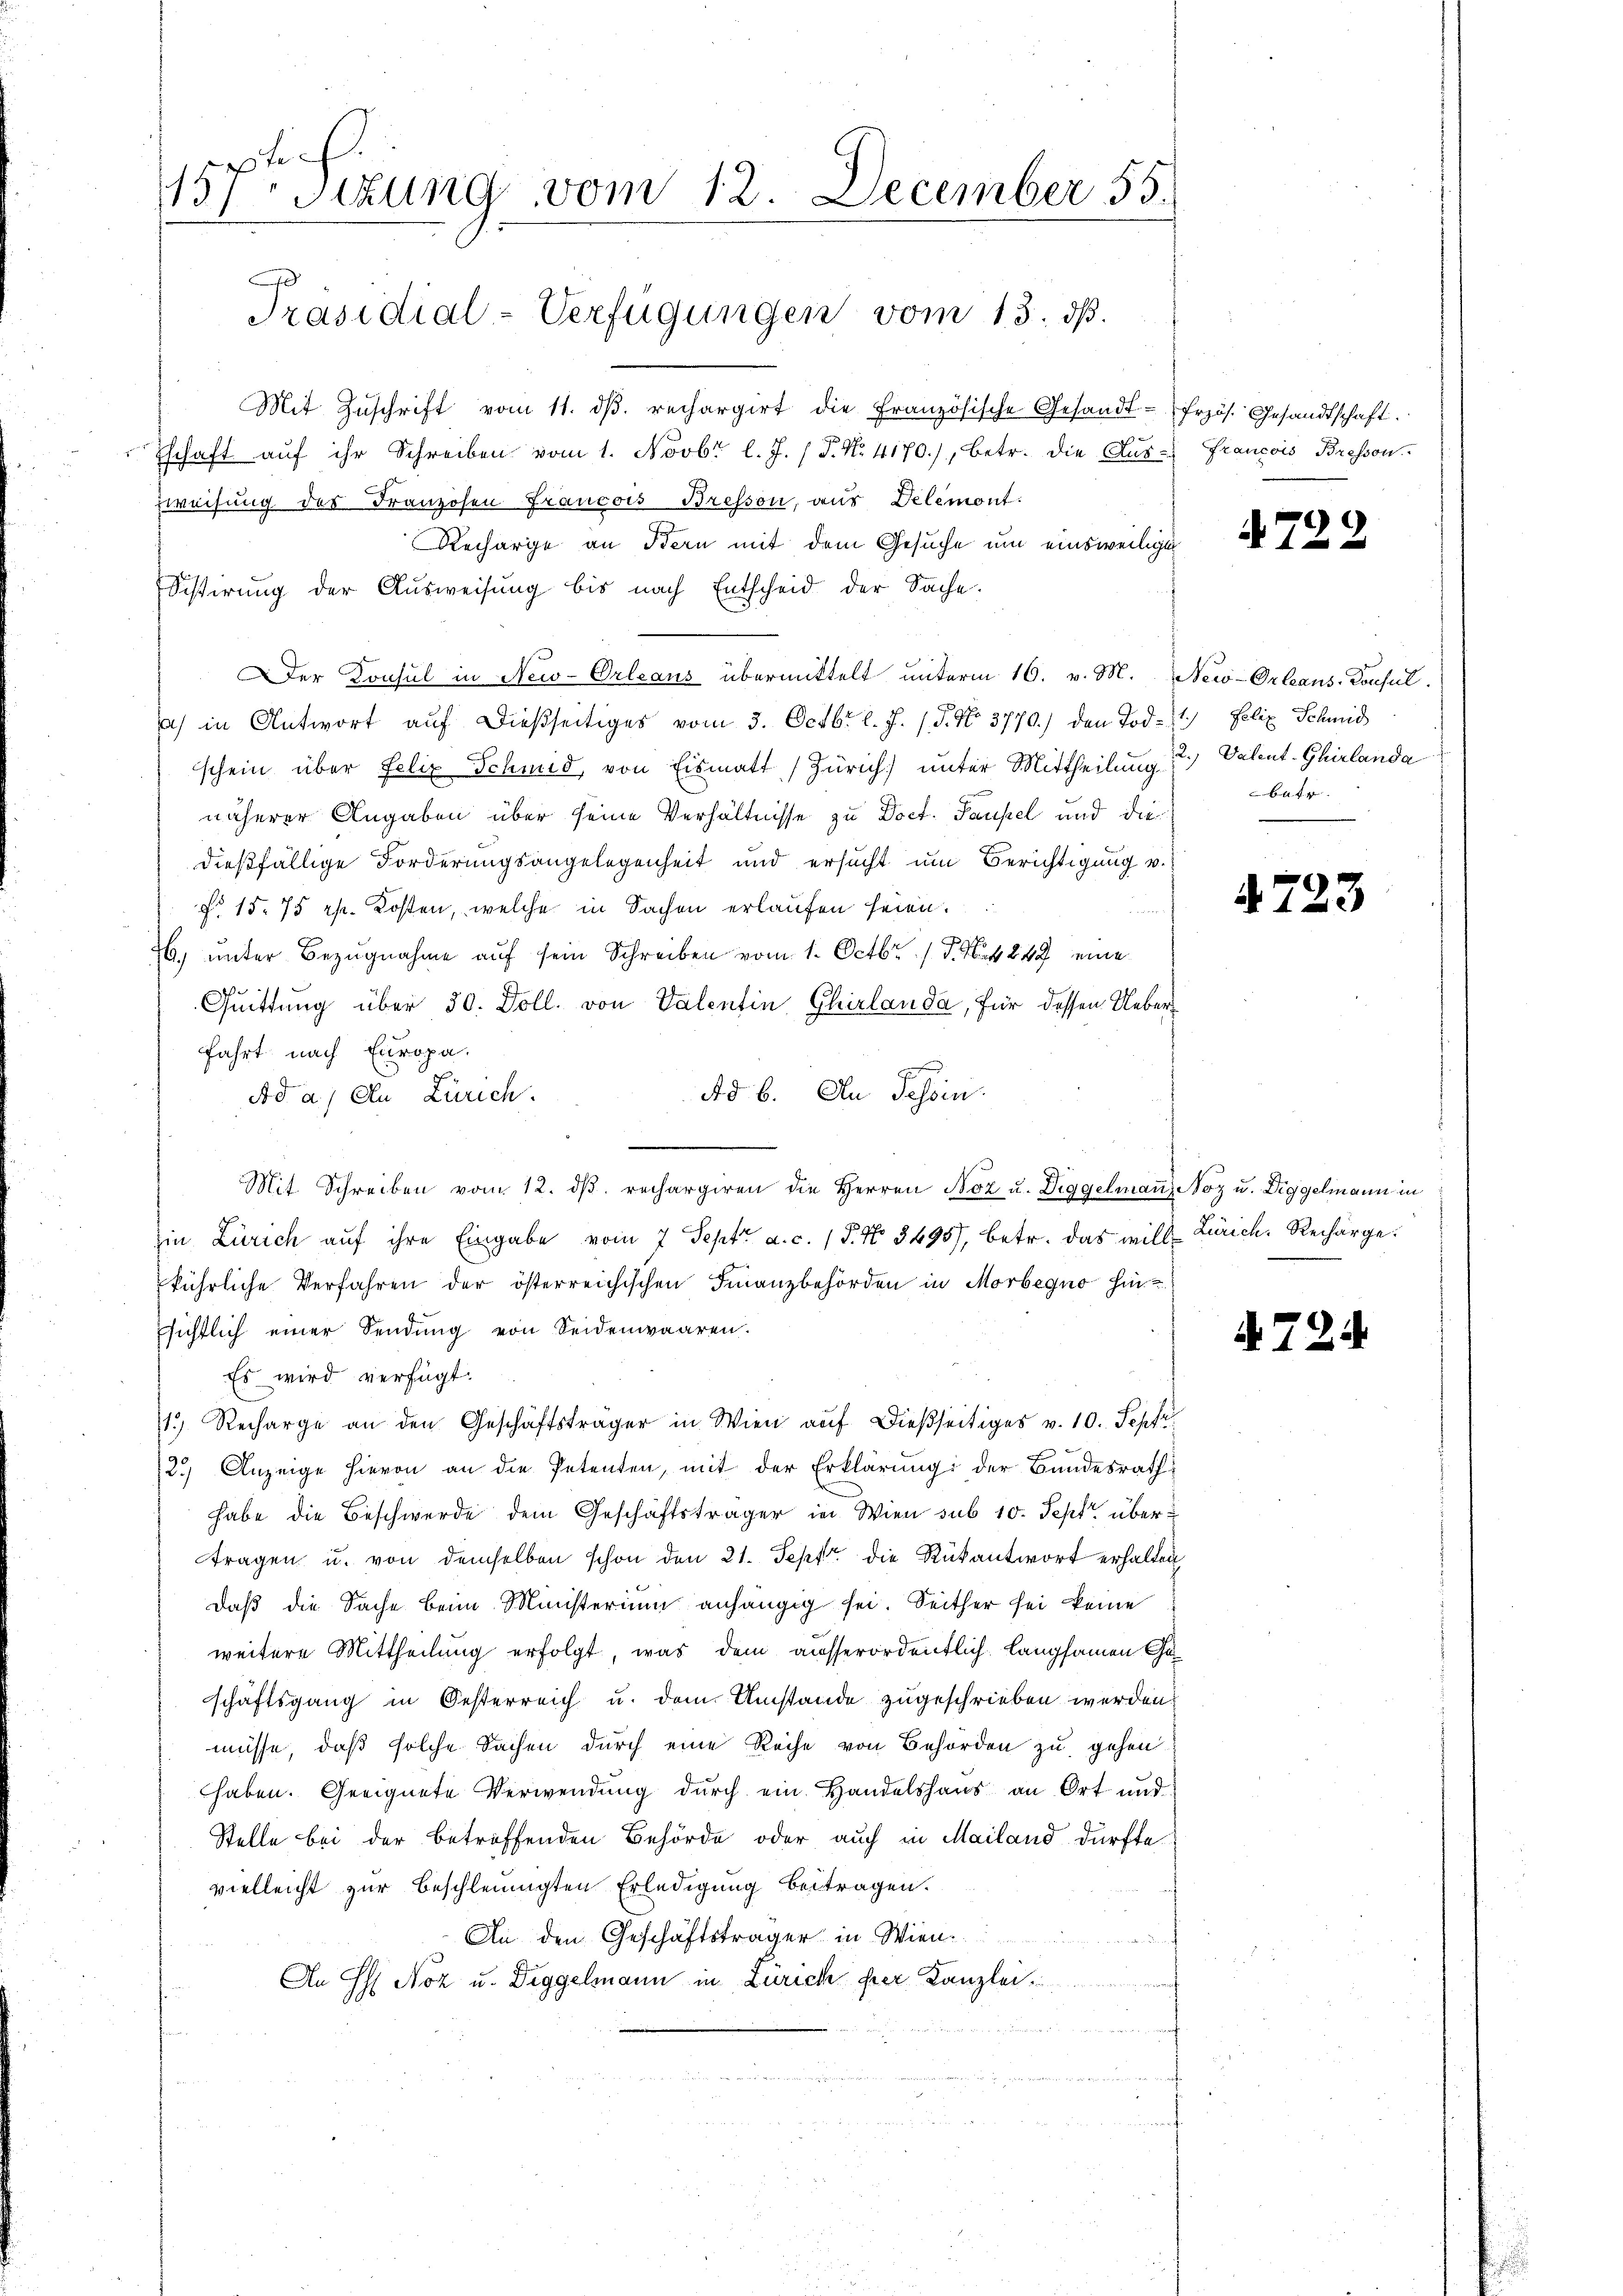
157ten Sitzung vom 12. December 55.
Präsidial-Verfügungen vom 13. dß.

Mit Zŭschrift vom 11. dβ. rechargirt die Französische Gesandt-
Eschaft auf ihr Schreiben vom 1. Novbr l. J. (T. No. 4170), betr. die Aus-
weisung des Franzosen Francois Bresson, aus Delemont.
Recharge an Stern mit dem Gesuche um einsweiligen
Sistirung der Ausweisung bis nach Entscheid der Sache.
Der Konsul in New-Orleaus übermittelt unterm 16. v. M.
s in Antwort auf dießseitiges vom 3. Octbr. l. J. P. No. 3770.) den Todschein über Felix Schmid, von Eismatt (Zürich) unter Mittheilung 2.) Valent-Ghirlanda
näherer Angaben über seine Verhältnisse zu Doct. Pausel und diedießfällige Forderungsangelegenheit und ersucht um Berichtigung v.
f. 15. 75 Rp. Kosten, welche in Sachen erlaufen seien.
26. unter Bezugnahme auf sein Schreiben vom 1. Octbr. 1 S. 249 eine
e
Quittung über 30. Doll. von Valentin Chirlanda, für dessen Ueberfahrt nach Europa.
Ad 6. Au Tehoin.
Ad a. In Zürich.
Mit Schreiben vom 12. dβ. rechargiren die Herren Boz u. Diggelmaṅ Noz u. Diggelmann in
in Zürich auf ihre Eingabe vom 7 Sept. a. c. 1 P. Nr. 3495), betr. das will Zürich, Recharge.
kührliche Verfahren der österreichischen Finanzbehörden in Morbegno hinssichtlich einer Sendung von Seidenwaaren.
Es wird verfügt:
1.) Recharge an den Geschäftsträger in Wien auf dießseitiges v. 10. Septe
2.) Anzeige hievon an die Petenten, mit der Erklärung der Bundesrath
habe die Beschwerde dem Geschäftsträger in Wien sub 10. Sept. übertragen u. von demselben schon den 21. Sept. die Rükantwort erhalten,
daß die Sache beim Ministerium anhängig sei. Seither sei keine
weitere Mittheilung erfolgt, was dem ausserordentlich langsamen Geschäftsgang in Oesterreich u. dem Umstände zugeschrieben werden.
müsse, daß solche Sachen durch eine Reihe von Behörden zu gehen
haben. Geeignete Verwendung durch ein Handelshaus an Ort und
Stelle bei der betreffenden Behörde oder auch in Mailand dürfte
vielleicht zur beschleunigten Erledigung beitragen.
An den Geschäftsträger in Wien
An E Noz u. Diggelmann in Zürich hier Kanzlei.
n

Przös. Gesandtschaft.
Francois Bresson

A722

New-Orleans-Consul
1.) Felix Schmid
644. |

4723